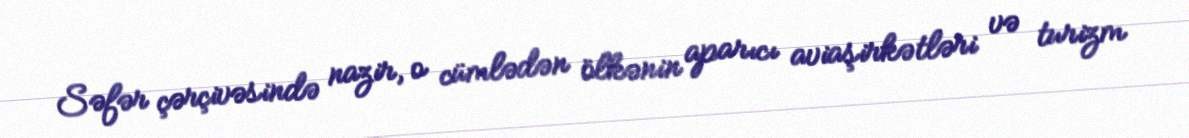
Səfər çərçivəsində nazir, o cümlədən ölkənin aparıcı aviaşirkətləri və turizm